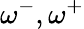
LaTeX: \omega^{-},\omega^{+}